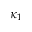
\kappa _ { 1 }